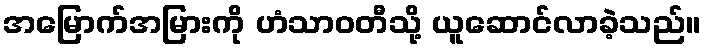
အမြောက်အမြားကို ဟံသာဝတီသို့ ယူဆောင်လာခဲ့သည်။